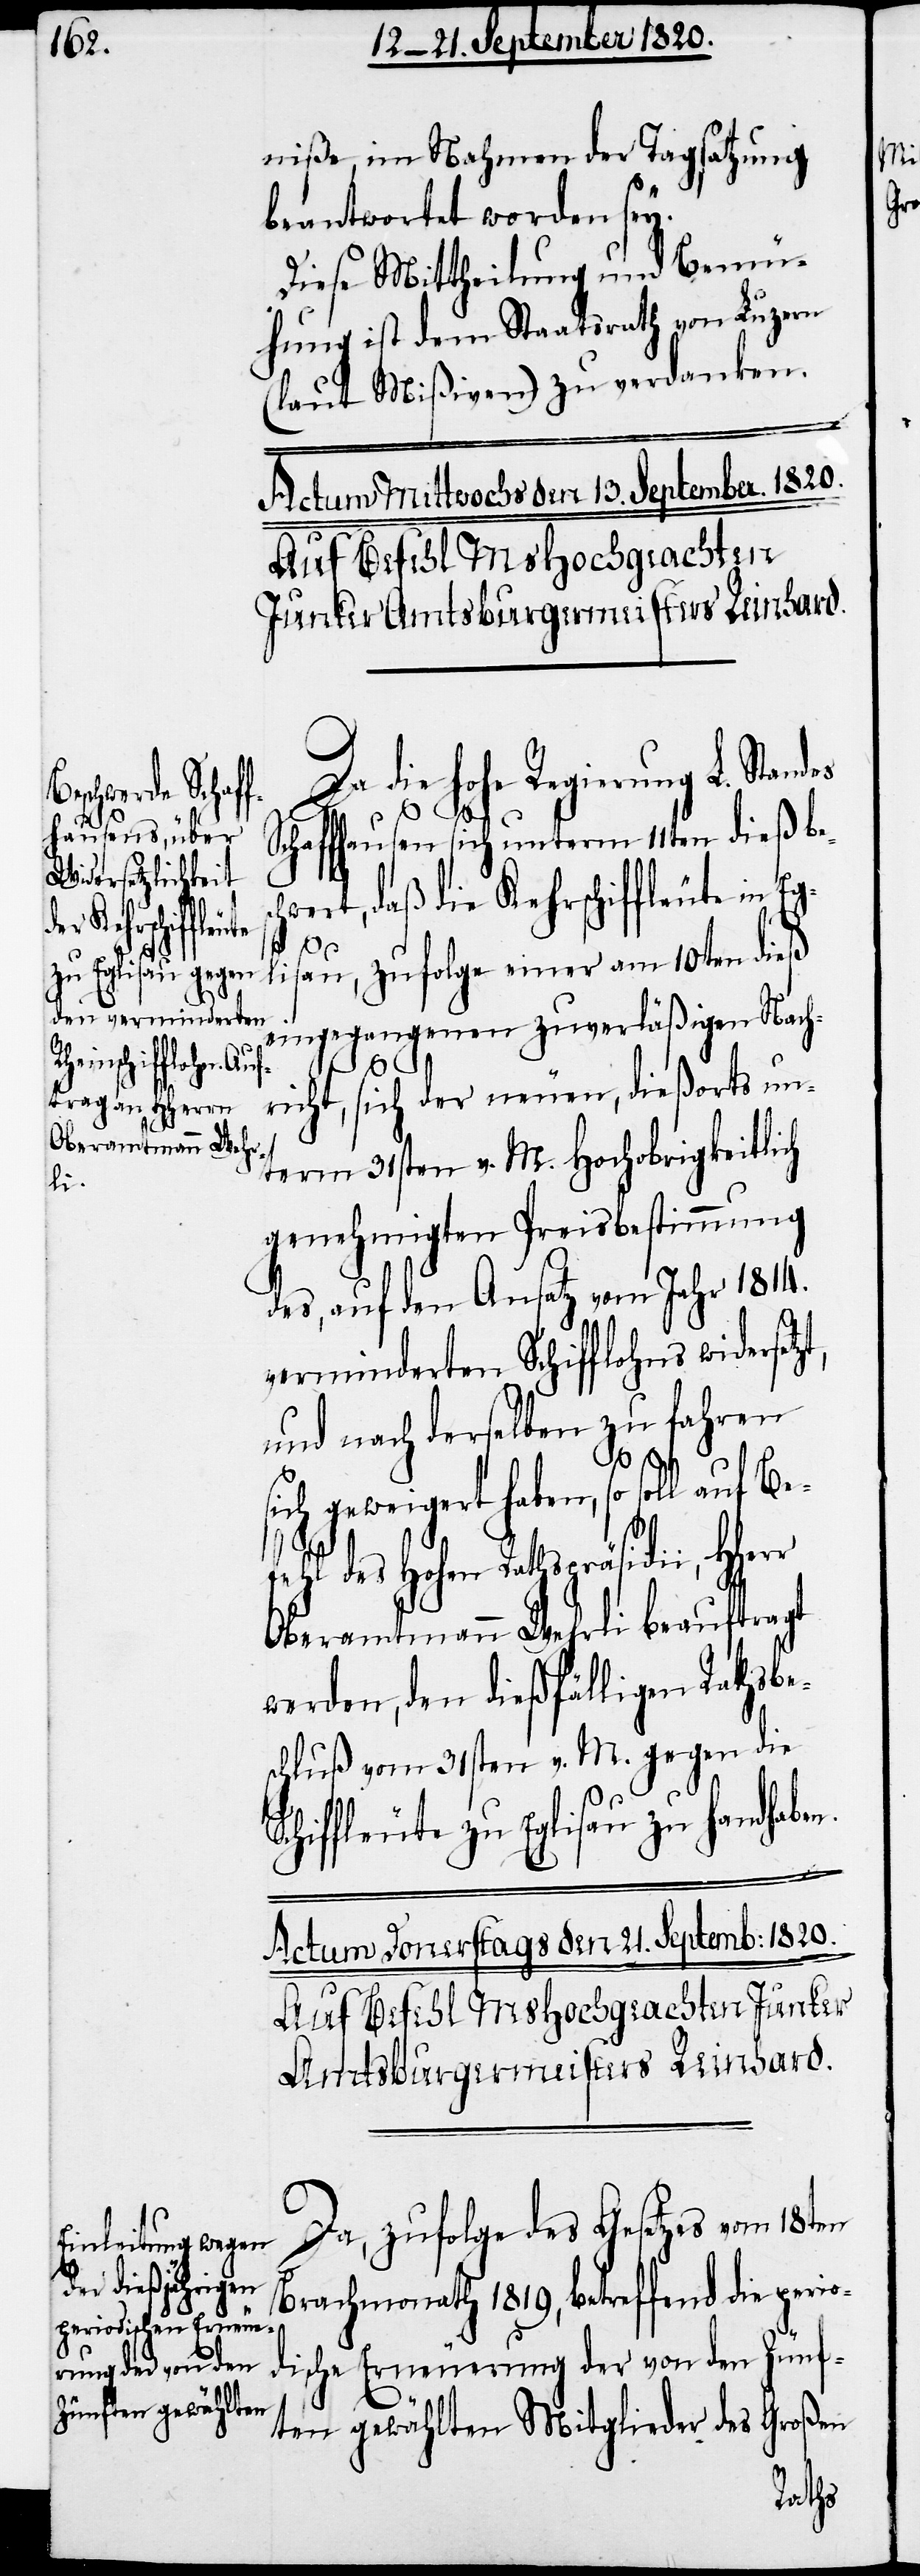
niße im Nahmen der Tagsatzung
beantwortet worden sey.
Diese Mittheilung und Bemü¬
hung ist dem Staatsrath von Luzern
(laut Mißiven) zu verdanken.
Actum Mittwochs den 13. September 1820.
Auf Befehl MsHochgeachter
Junker Amtsburgermeister Reinhard.
Da die hohe Regierung L. Standes
t,
Schaffhausen sich unterm 11ten dieß be¬
hwert, daß die Kehrschiffleute in Eg¬
S¬
lisau, zufolge einer am 10ten dieß
eingegangenen zuverläßigen Nach¬
richt, sich der neuen, dießorts un¬
term 31sten v. M. Hochobrigkeitlich
genehmigten Preisbestimmung
des, auf den Ansatz vom Jahr 1814.
verminderten Schifflohns widersetz¬
und nach derselben zu fahren
sich geweigert haben, so soll auf Be¬
fehl des Hohen Rathspräsidii, Hherr
Oberamtmann Wehrli beauftragt
werden, den dießfälligen Rathsbe¬
schluß vom 31sten v. M. gegen die
chiffleute zu Eglisau zu handhabe¬
n.
Actum Donerstags den 21. September 1820.
Auf Befehl MsHochgeachter Junker
Amtsburgermeister Reinhard.
Da, zufolge des Gesetzes vom 18ten
Brachmonath 1819, betreffend die perio¬
dische Erneuerung der von den Zünf¬
ten gewählten Mitglieder des Großen